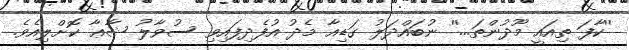
''ކާފަ ތިއައީ މޫދުންތަ...'' ނުބައްދަލު ގަޑިއާ މެދު އުފެދިފައިވި ސުވާލު ޝާޢާ ކޮށްލިއެވެ.